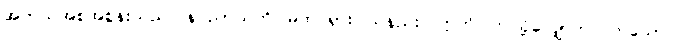
အဘယ်အစအစွန်းသည်။ နပညာယတိ၊ မထင်ရှားပါသနည်း။ ဣတိ၊ ဤသို့လျှောက်လတ်သော်။